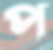
প